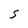
Character: S